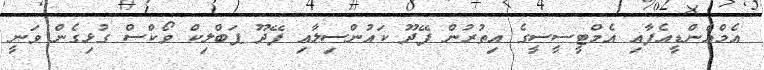
އެމްއެންޑީއެފާއި އެމްޓީސީސީގެ އިތުރުން ފޭދޫ ކައުންސިލާއި ފޭދޫ ޕަބްލިކް ވޯކްސް ގުޅިގެން ވަނީ